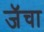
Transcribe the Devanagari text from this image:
जॅचा